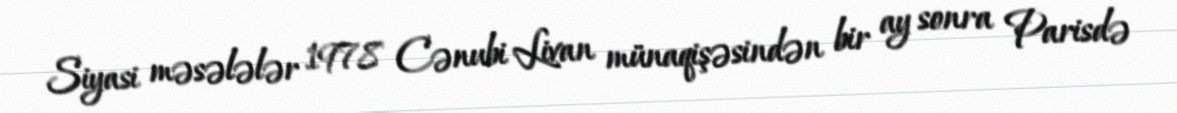
Siyasi məsələlər 1978 Cənubi Livan münaqişəsindən bir ay sonra Parisdə